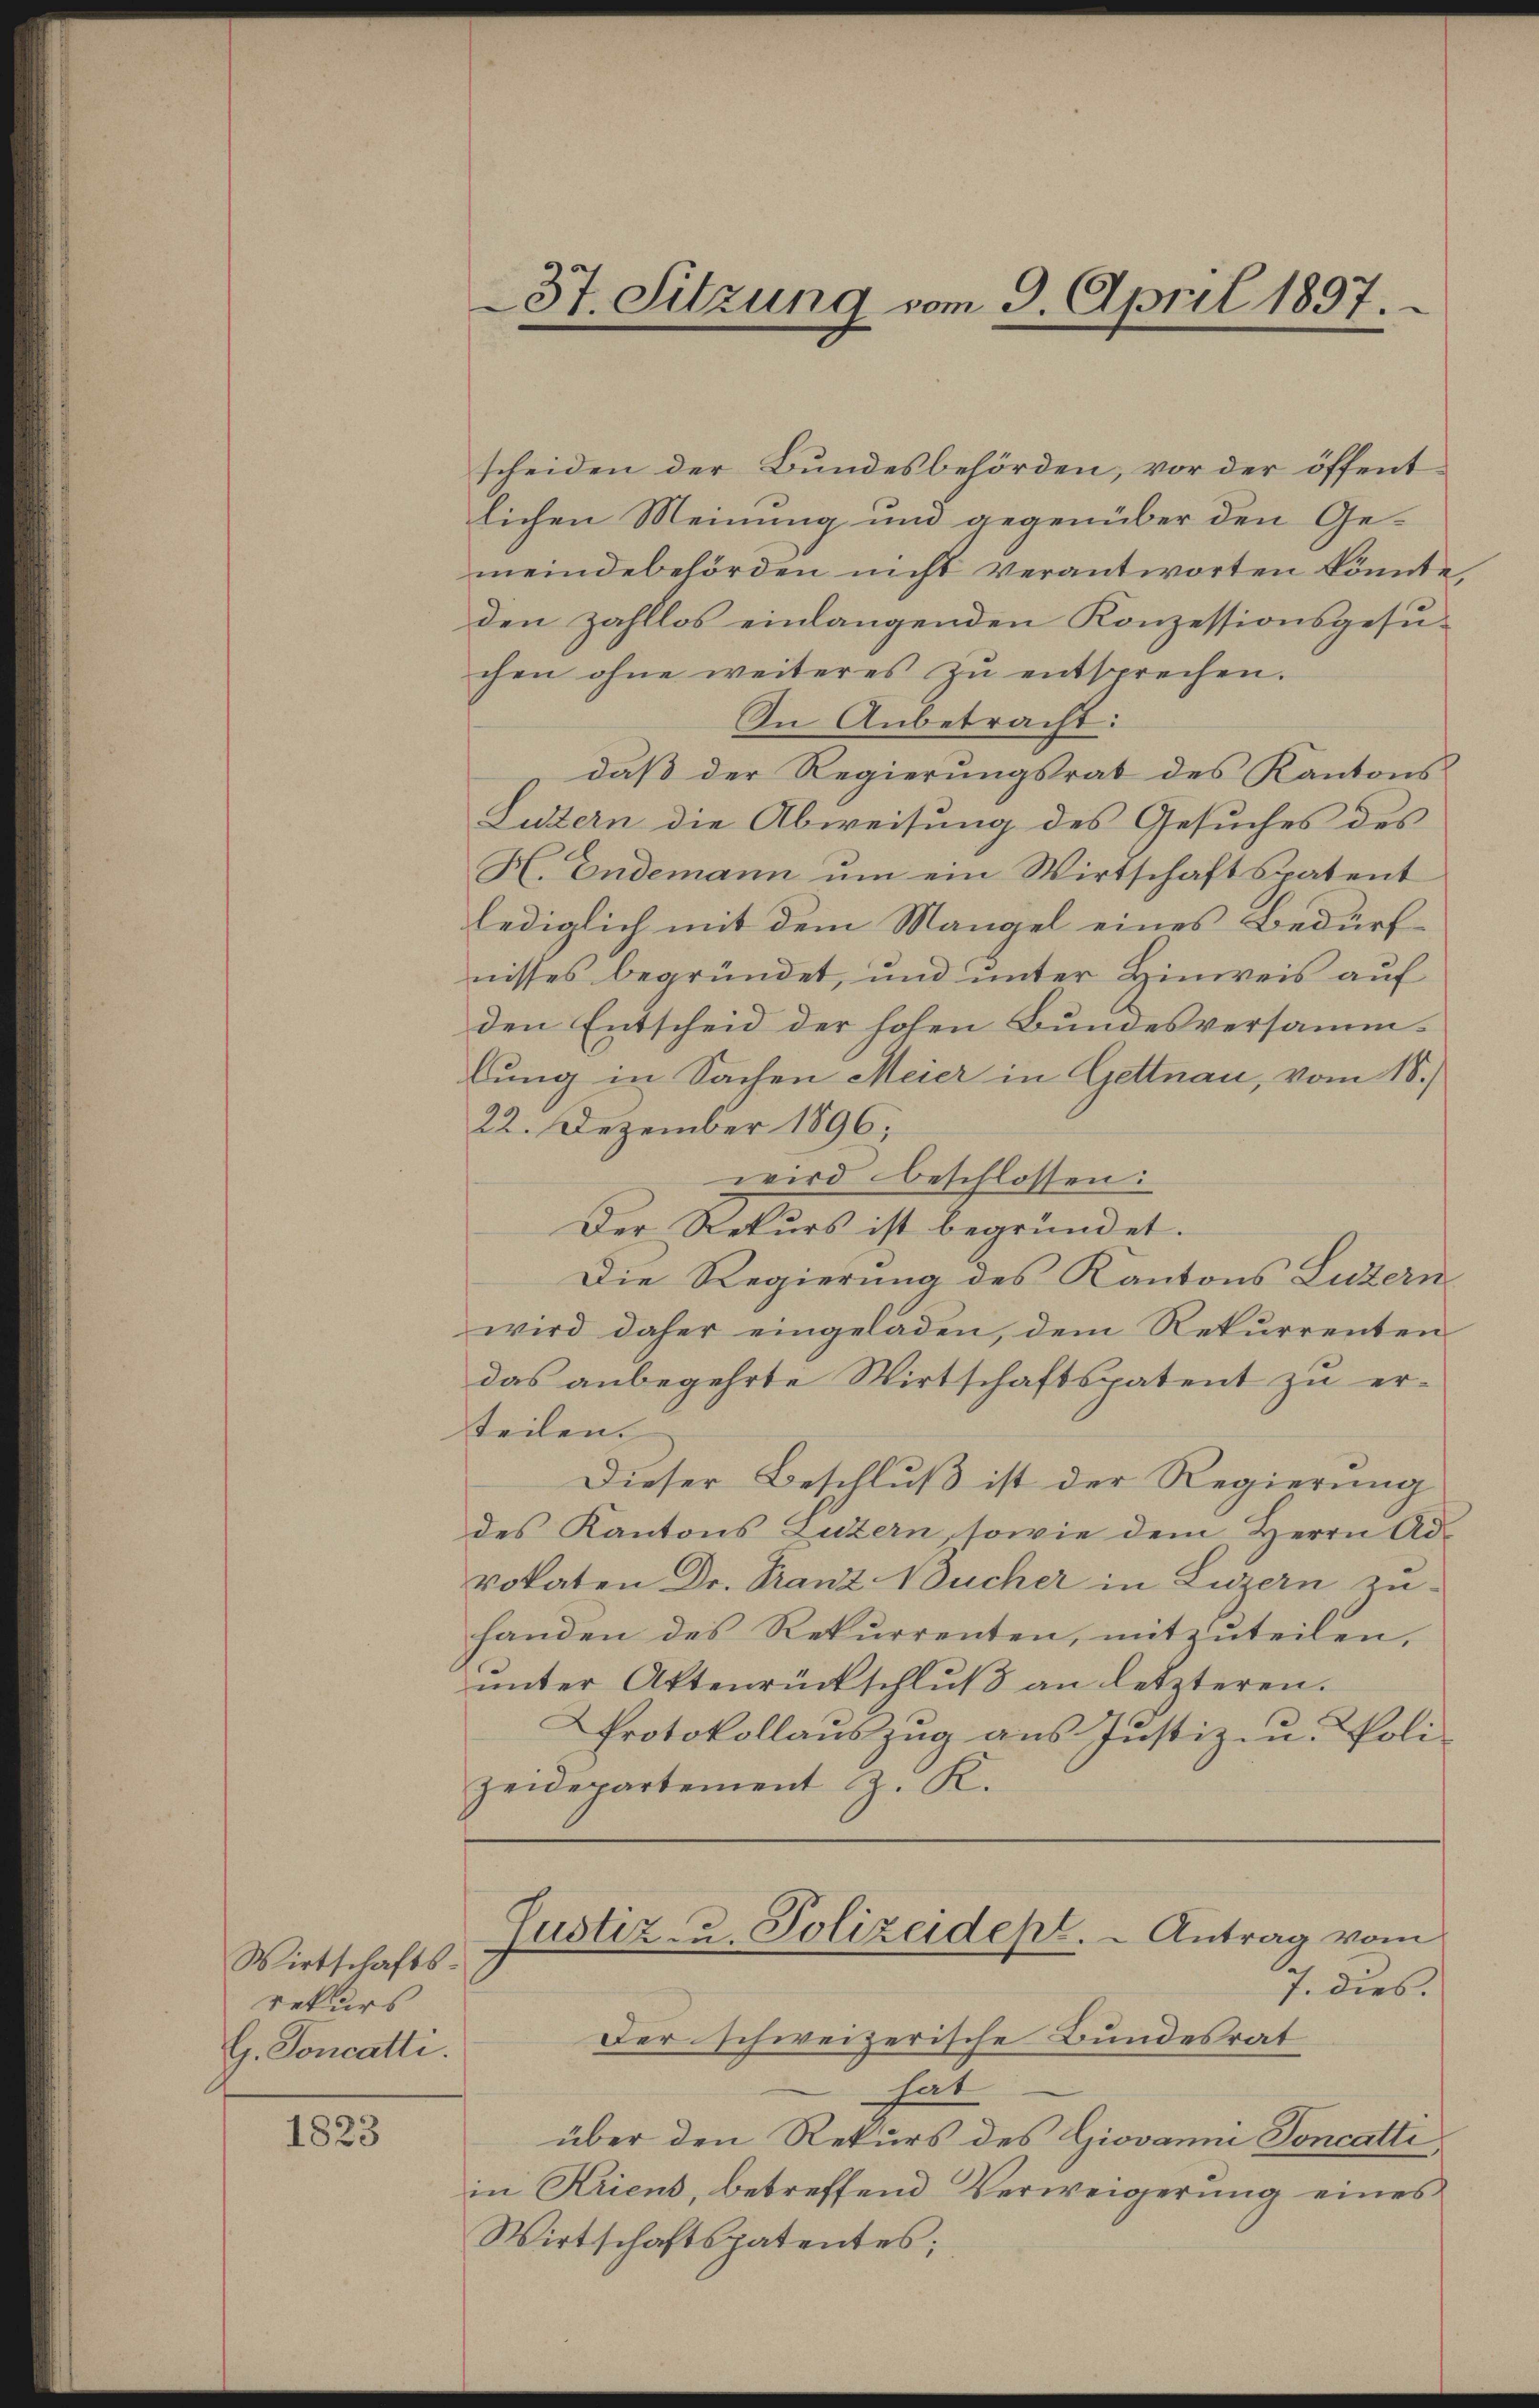
Wirtschafts
rekurs
G. Soncatti.

1823

37. Sitzung vom 9. April 1897.

scheiden der Bundesbehörden, vor der öffentlichen Meinung und gegenüber den Gemeindebehörden nicht verantworten könnte,
den zahllos einlangenden Konzessionsgesuchen ohne weiteres zŭ entsprechen.
In Anbetracht:
daß der Regierungsrat des Kantons
Lutern die Abweisung des Gesuches des
H. Endemann um ein Wirtschaftspatent
lediglich mit dem Mangel eines Bedürfnisses begründet, und unter Hinweis auf
den Entscheid der hohen Bundesversammbung in Sachen Meier in Gettnau, vom 18.)
22. Dezember 1896;
wird beschlossen:
Der Rekurs ist begründet.
Die Regierung des Kantons Luzern
wird daher eingeladen, dem Rekurrenten
das anbegehrte Wirtschaftspatent zu erteilen.
Dieser Beschluß ist der Regierung
des Kantons Luzern, sowie dem Herrn Advokaten Dr. Franz Wucher in Luzern zu-
handen des Rekurrenten, mitzŭteilen,
ŭnter Aktenrückschlŭβ an letzteren.
Protokollauszug aus Justiz- u. Polizeidepartement z. K.
Justiz- u. Polizeidepl. - Antrag vom
J. dies.
Der schweizerische Bundesrat
hat
über den Rekurs des Giovanni Soncatti
in Kriens, betreffend Verweigerung eines
Wirtschaftspatentes;